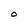
Character: O